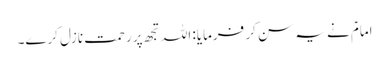
امامؑ نے یہ سن کر فرمایا: اللہ تجھ پر رحمت نازل کرے۔